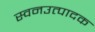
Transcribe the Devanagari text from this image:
स्वनउत्पादक